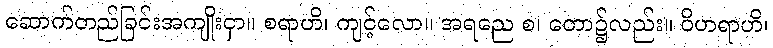
ဆောက်တည်ခြင်းအကျိုးငှာ။ စရာဟိ၊ ကျင့်လော။ အရညေ စ၊ တော၌လည်း။ ဝိဟရာဟိ၊